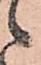
ニ